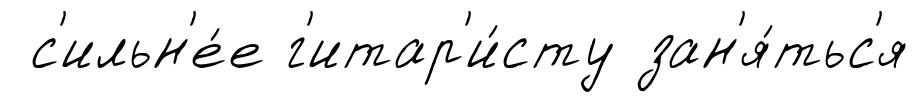
с'ильн'е́е г'итар'и́сту зан'я́тьс'я